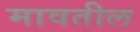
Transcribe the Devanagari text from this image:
मावतील